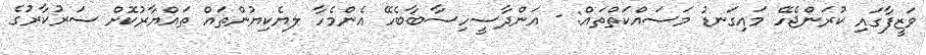
ވަޒީފާގައި ކުރަންޖެހޭ މައިގަނޑު މަސައްކަތްތައް: - އަންދާސީހިސާބާބެހޭ އެންމެހާ ލޔެކިޔުންތައް ތައްޔާރުކޮށް ސަރުކާރުގެ